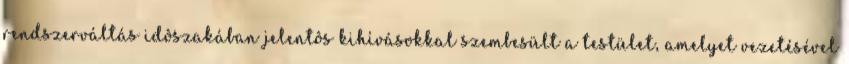
rendszerváltás idôszakában jelentôs kihívásokkal szembesült a testület, amelyet vezetésével